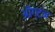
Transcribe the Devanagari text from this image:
ऑग्टन